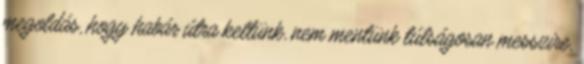
megoldás, hogy habár útra keltünk, nem mentünk túlságosan messzire,